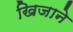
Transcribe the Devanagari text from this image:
खिजाने